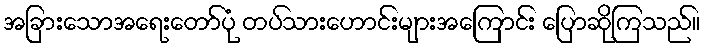
အခြားသောအရေးတော်ပုံ တပ်သားဟောင်းများအကြောင်း ပြောဆိုကြသည်။